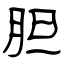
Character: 胆